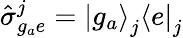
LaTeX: \hat{\sigma}_{g_{a}e}^{j}=\mathinner{|{g_{a}}\rangle}_{j}\mathinner{\langle{e}|}_{j}